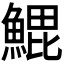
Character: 𬵝